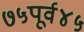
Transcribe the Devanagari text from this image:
७५पूर्व४५